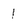
Character: 1